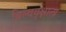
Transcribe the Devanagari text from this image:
बिल्ववृक्षाला